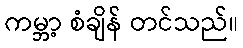
ကမ္ဘာ့ စံချိန် တင်သည်။